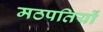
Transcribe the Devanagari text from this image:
मठपतियों